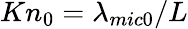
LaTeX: K{{n}_{0}}={{{\lambda}_{mic0}}}/{L}